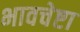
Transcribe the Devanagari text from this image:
भावचेष्टा